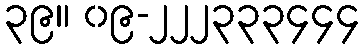
၃၉။ ၀၉-၂၂၂၃၃၃၄၄၄